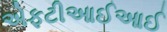
એફટીઆઈઆઈ